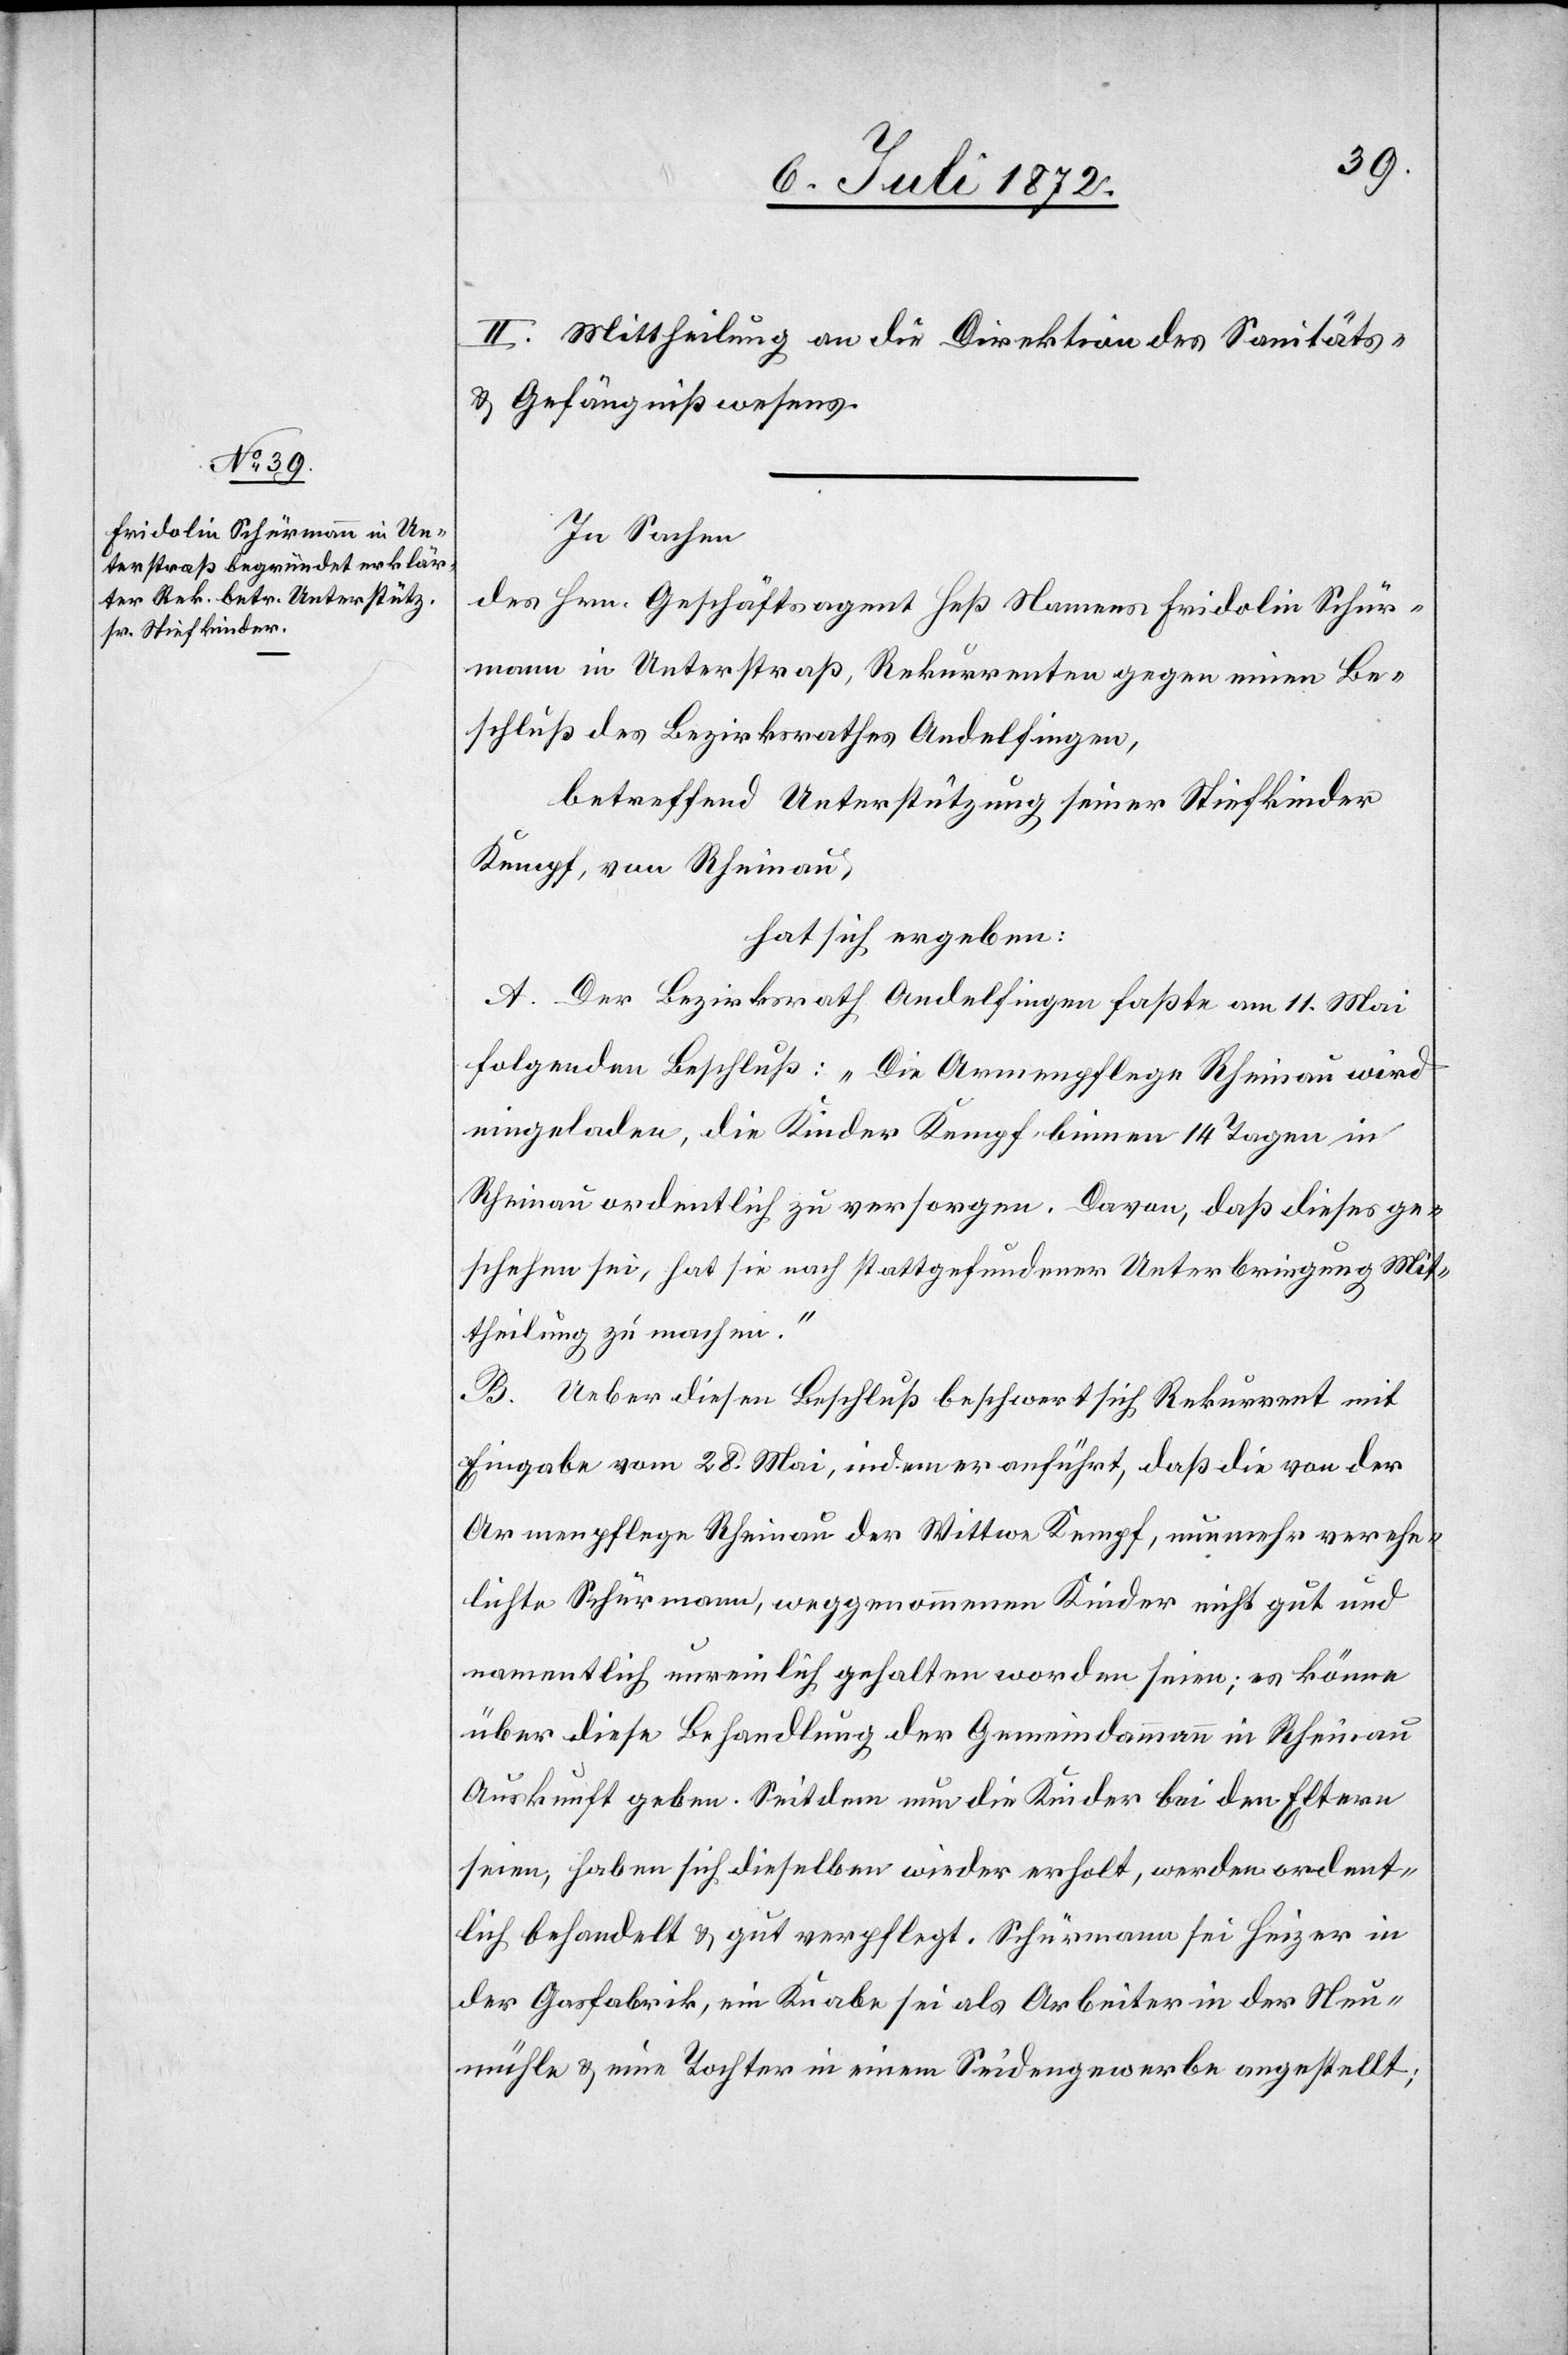
II. Mittheilung an die Direktion des Sanitäts-
u. Gefängnißwesens.
In Sachen
des Hrn. Geschäftsagent Heß Namens Fridolin Schür¬
mann in Unterstraß, Rekurrenten gegen einen Be¬
schluß des Bezirksrathes Andelfingen,
betreffend Unterstützung seiner Stiefkinder
Kempf, von Rheinau,
hat sich ergeben:
A. Der Bezirksrath Andelfingen faßte am 11. Mai
folgenden Beschluß: „Die Armenpflege Rheinau wird
eingeladen, die Kinder Kempf binnen 14 Tagen in
Rheinau ordentlich zu versorgen. Davon, daß dieses ge¬
schehen sei, hat sie nach stattgefundener Unterbringung Mit¬
theilung zu machen.“
B. Ueber diesen Beschluß beschwert sich Rekurrent mit
Eingabe vom 28. Mai, indem er anführt, daß die von der
Armenpflege Rheinau der Wittwe Kempf, nunmehr verehe¬
lichte Schürmann, weggenommenen Kinder nicht gut und
namentlich unreinlich gehalten worden seien; es könne
über diese Behandlung der Gemeindammann in Rheinau
Auskunft geben. Seitdem nun die Kinder bei den Eltern
seien, haben sich dieselben wieder erholt, werden ordent¬
lich behandelt u. gut verpflegt. Schürmann sei Heizer in
der Gasfabrik, ein Knabe sei als Arbeiter in der Neu¬
mühle u. eine Tochter in einem Seidengewerbe angestellt;